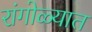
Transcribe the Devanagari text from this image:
रांगोळ्यात